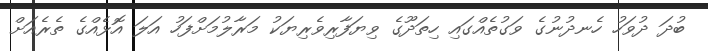
ބުދަ ދުވަހު ހެނދުނުގެ ވަގުތެއްގައި ހިތަދޫގެ ވިޔަފާރިވެރިޔަކު މަރާލުމަށްފަހު އަލަ އޮޅެއްގެ ތެރެއަށް